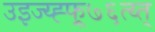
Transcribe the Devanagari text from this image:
उइज्य्ह्फ्र्७६त्य्त्